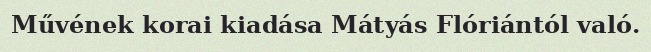
Művének korai kiadása Mátyás Flóriántól való.